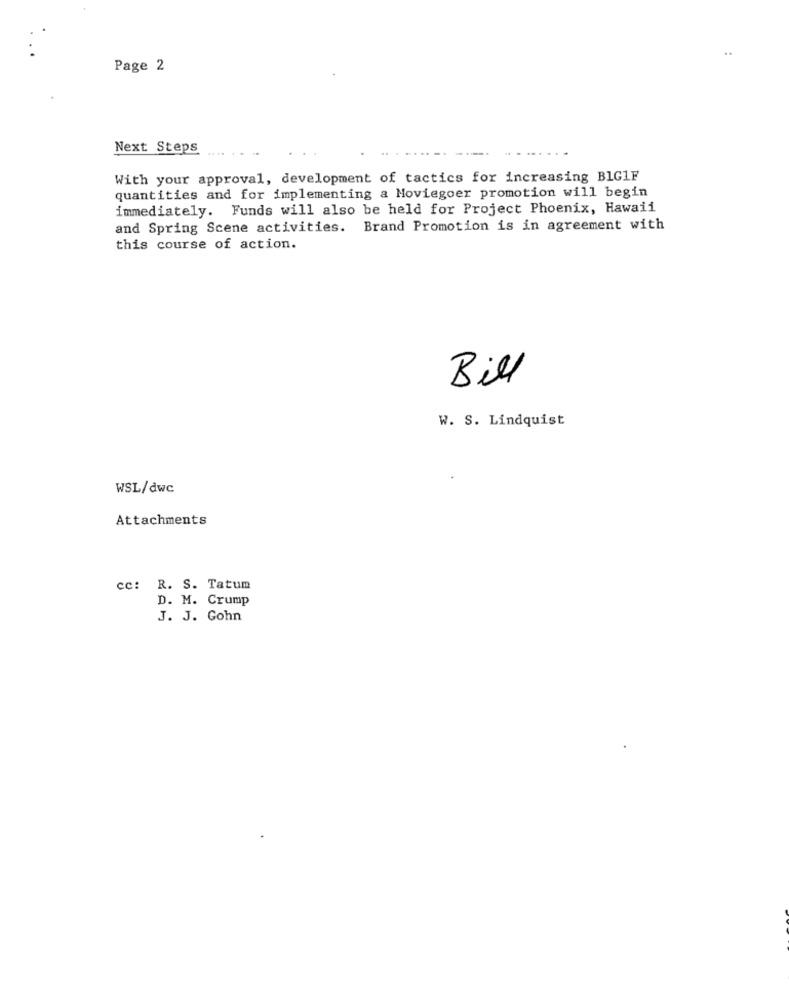
Page 2
Next Steps
With your approval, development of tactics for increasing BIG1F
quantities and for implementing a Moviegoer promotion will begin
immediately. Funds will also be held for Project Phoenix, Hawaii
and Spring Scene activities. Brand Promotion is in agreement with
this course of action.
Bill
W. S. Lindquist
WSL/dwc
Attachments
cc: R. S. Tatum
D. M. Crump
J. J. Gohn